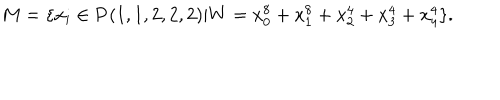
M = \{ x _ { i } \in { \bf P } ( 1 , 1 , 2 , 2 , 2 ) | W = x _ { 0 } ^ { 8 } + x _ { 1 } ^ { 8 } + x _ { 2 } ^ { 4 } + x _ { 3 } ^ { 4 } + x _ { 4 } ^ { 4 } \} .